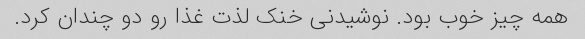
همه چیز خوب بود. نوشیدنی خنک لذت غذا رو دو چندان کرد.